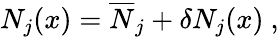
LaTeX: N_{j}(x)={\overline{{N}}}_{j}+\delta N_{j}(x)\ ,